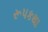
રૂપકથા